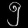
Digit: ၅